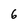
Character: 6